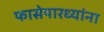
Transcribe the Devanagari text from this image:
फासेपारध्यांना